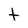
Character: f